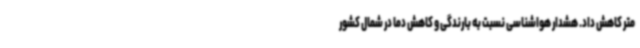
متر کاهش داد. هشدار هواشناسی نسبت به بارندگی و کاهش دما در شمال کشور